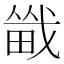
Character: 𪽚